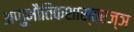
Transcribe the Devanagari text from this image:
अणुभौतिकशास्त्रज्ञ